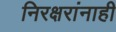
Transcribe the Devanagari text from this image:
निरक्षरांनाही